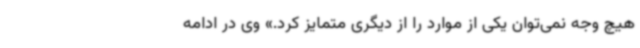
هیچ وجه نمی‌توان یکی از موارد را از دیگری متمایز کرد.» وی در ادامه